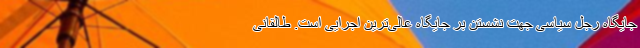
جایگاه رجل سیاسی جهت نشستن بر جایگاه عالی‌ترین اجرایی است. طالقانی